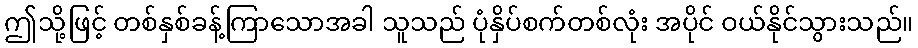
ဤသို့ဖြင့် တစ်နှစ်ခန့်ကြာသောအခါ သူသည် ပုံနှိပ်စက်တစ်လုံး အပိုင် ဝယ်နိုင်သွားသည်။